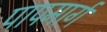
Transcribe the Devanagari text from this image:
पापमार्ग